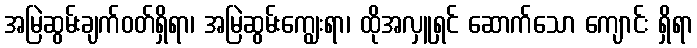
အမြဲဆွမ်းချက်ဝတ်ရှိရာ၊ အမြဲဆွမ်းကျွေးရာ၊ ထိုအလှူရှင် ဆောက်သော ကျောင်း ရှိရာ